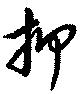
押